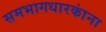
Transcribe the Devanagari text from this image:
समभागधारकांना